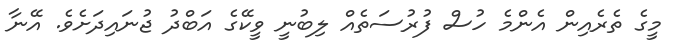
މީގެ ތެރެއިން އެންމެ ހުސް ފުރުސަތެއް ލިބުނީ ވީކޭގެ އަބްދު ޖުނައިދަށެވެ. އޭނާ